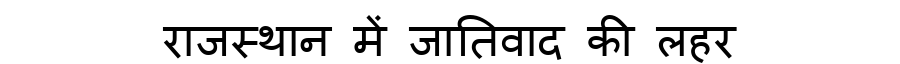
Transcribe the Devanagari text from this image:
राजस्थान में जातिवाद की लहर